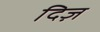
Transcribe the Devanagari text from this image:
दिज़